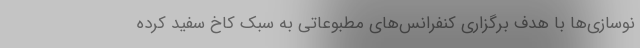
نوسازی‌ها با هدف برگزاری کنفرانس‌های مطبوعاتی به سبک کاخ سفید کرده